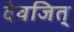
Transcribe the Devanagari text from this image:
देवजित्‌